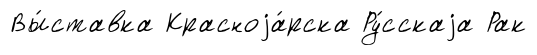
Вы́ставка Красноjа́рска Ру́сскаjа Рак